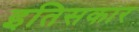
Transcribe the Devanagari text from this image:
इतिसकार